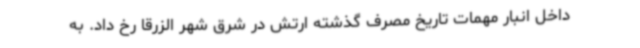
داخل انبار مهمات تاریخ مصرف گذشته ارتش در شرق شهر الزرقا رخ داد. به